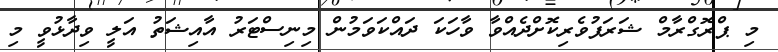
މި ޕްރޮގްރާމް ޝަރަފުވެރިކޮށްދެއްވާ ވާހަކަ ދައްކަވަމުން މިނިސްޓަރު އާއިޝަތު އަލީ ވިދާޅުވީ މި